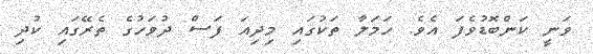
ވަނީ ކަންބޮޑުވެފަ އެވެ. ހަމަލާ ތަކުގައި މިދިއަ ފަސް ދުވަހުގެ ތެރޭގައި ކުދި